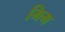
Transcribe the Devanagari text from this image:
मिम